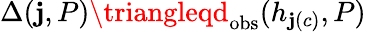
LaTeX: \Delta(\mathbf{j},P)\triangleqd_{\mathrm{{obs}}}(h_{\mathbf{j}(c)},P)